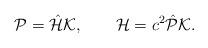
LaTeX: \begin{align*}{\cal P}=\hat{\cal H}{\cal K},\qquad{\cal H}=c^2\hat{\cal P}{\cal K}.\end{align*}